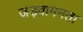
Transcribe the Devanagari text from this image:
जड़वामनता